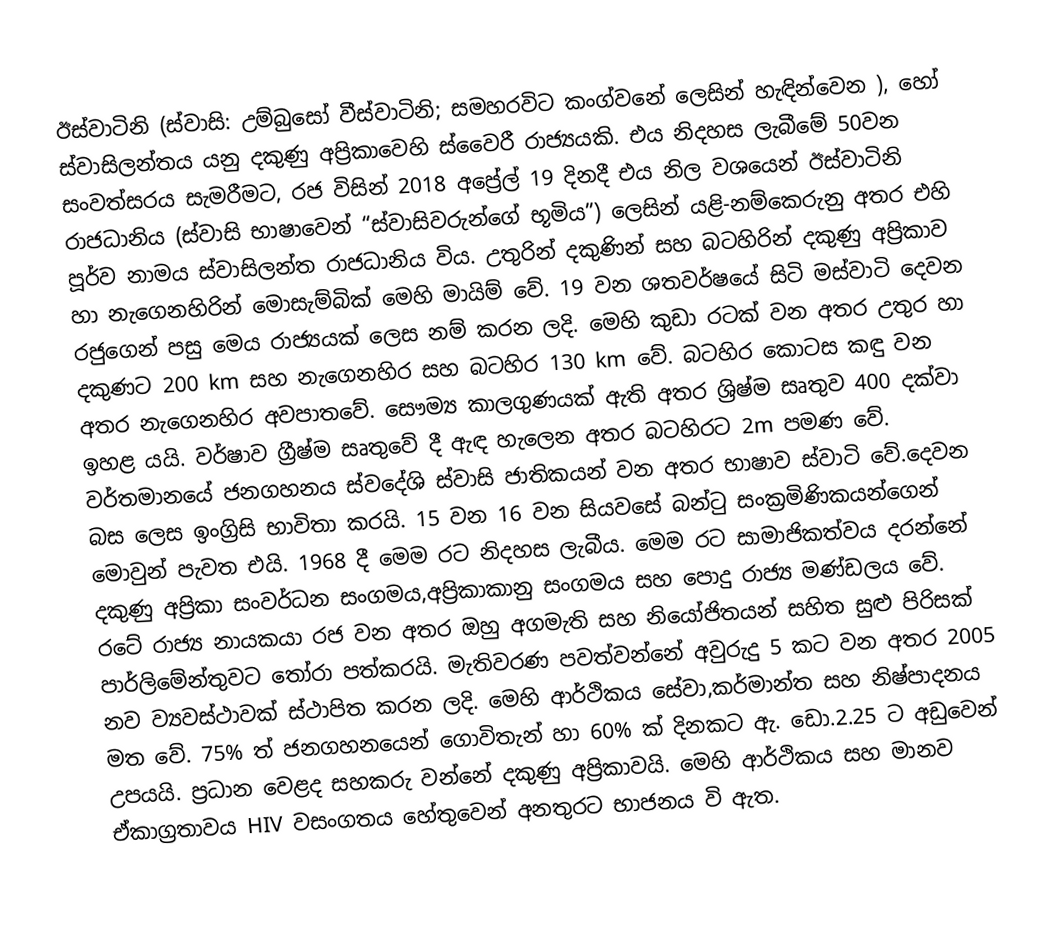
ඊස්වාටිනි (ස්වාසි: උම්බුසෝ වීස්වාටිනි; සමහරවිට  කංග්වනේ ලෙසින් හැඳින්වෙන ), හෝ ස්වාසිලන්තය යනු දකුණු අප්‍රිකාවෙහි   ස්වෛරී රාජ්‍යයකි. එය නිදහස ලැබීමේ 50වන සංවත්සරය සැමරීමට, රජ විසින් 2018 අප්‍රේල් 19 දිනදී එය නිල වශයෙන් ඊස්වාටිනි රාජධානිය (ස්වාසි භාෂාවෙන් “ස්වාසිවරුන්ගේ භූමිය”) ලෙසින් යළි-නම්කෙරුනු අතර එහි පූර්ව නාමය ස්වාසිලන්ත රාජධානිය විය. උතුරින් දකුණින් සහ බටහිරින් දකුණු අප්‍රිකාව හා නැගෙනහිරින් මොසැම්බික් මෙහි මායිම් වේ. 19 වන ශතවර්ෂයේ සිටි මස්වාටි දෙවන රජුගෙන් පසු මෙය රාජ්‍යයක් ලෙස නම් කරන ලදි. මෙහි කුඩා රටක් වන අතර උතුර හා දකුණට 200 km සහ නැගෙනහිර සහ බටහිර 130 km වේ. බටහිර කොටස කඳු වන අතර නැගෙනහිර අවපාතවේ. සෞම්‍ය කාලගුණයක් ඇති අතර ශ්‍රිෂ්ම සෘතුව 400 දක්වා ඉහළ යයි. වර්ෂාව ග්‍රීෂ්ම සෘතුවේ දී ඇඳ හැලෙන අතර බටහිරට 2m පමණ වේ. වර්තමානයේ ජනගහනය ස්වදේශි ස්වාසි ජාතිකයන් වන අතර භාෂාව ස්වාටි වේ.දෙවන බස ලෙස ඉංග්‍රිසි භාවිතා කරයි. 15 වන 16 වන සියවසේ බන්ටු සංක්‍රමිණිකයන්ගෙන්  මොවුන් පැවත එයි. 1968 දී මෙම රට නිදහස ලැබීය. මෙම රට සාමාජිකත්වය දරන්නේ දකුණු අප්‍රිකා සංවර්ධන සංගමය,අප්‍රිකාකානු  සංගමය සහ ‍පොදු රාජ්‍ය මණ්ඩලය වේ. රටේ රාජ්‍ය නායකයා රජ වන අතර ඔහු අගමැති සහ නියෝජිතයන් සහිත සුළු පිරිසක් පාර්ලිමේන්තුවට තෝරා පත්කරයි. මැතිවරණ පවත්වන්නේ අවුරුදු 5 කට වන අතර 2005 නව ව්‍යවස්ථාවක් ස්ථාපිත කරන ලදි. මෙහි ආර්ථිකය සේවා,කර්මාන්ත සහ නිෂ්පාදනය මත වේ. 75% ත් ජනගහනයෙන් ගොවිතැන් හා  60% ක් දිනකට ඇ. ඩො.2.25 ට අඩුවෙන් උපයයි. ප්‍රධාන වෙළද සහකරු වන්නේ දකුණු අප්‍රිකාවයි. මෙහි ආර්ථිකය සහ මානව ඒකාග්‍රතාවය HIV   වසංගතය හේතුවෙන් අනතුර‍ට භාජනය ‍වි ඇත.